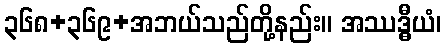
၃၆၈+၃၆၉+အဘယ်သည်တို့နည်း။ အဿဒ္ဓီယံ၊